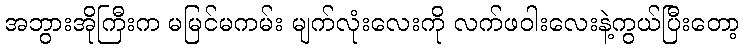
အဘွားအိုကြီးက မမြင်မကမ်း မျက်လုံးလေးကို လက်ဖဝါးလေးနဲ့ကွယ်ပြီးတော့